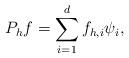
LaTeX: \begin{align*} P_h f = \sum_{i=1}^{d} f_{h,i} \psi_i, \end{align*}